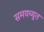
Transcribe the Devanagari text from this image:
समयच्युत